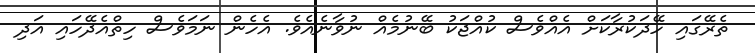
ތެރޭގައި ހޭދަކުރާކަށް އެއްވެސް ކުއްޖަކު ބޭނުމެއް ނުވާނެއެވެ. އެހެން ނަމަވެސް ހިތްއެދޭހައި އަދި